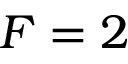
F = 2